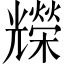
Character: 𠓐